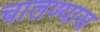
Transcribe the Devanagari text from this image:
चालण्यास